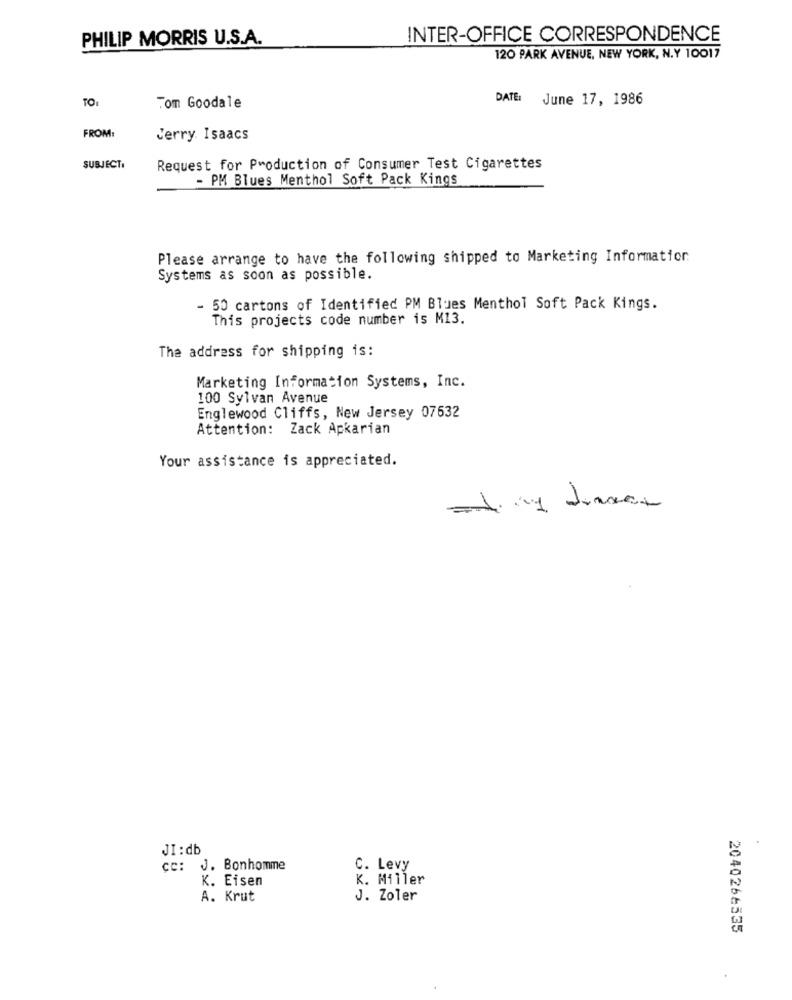
PHILIP MORRIS U.S.A.
INTER-OFFICE CORRESPONDENCE
120 PARK AVENUE, NEW YORK, N.Y 10017
TO:
DATE:
June 17, 1986
Tom Goodale
FROM:
Jerry. Isaacs
SUBJECT:
Request for Production of Consumer Test Cigarettes
- PM Blues Menthol Soft Pack Kings
Please arrange to have the following shipped to Marketing Information
Systems as soon as possible.
- 50 cartons of Identified PM Blues Menthol Soft Pack Kings.
This projects code number is M13.
The address for shipping is:
Marketing Information Systems, Inc.
100 Sylvan Avenue
Englewood Cliffs, New Jersey 07632
Attention: Zack Apkarian
Your assistance is appreciated.
JI:db
J. Bonhomme
C. Levy
K. Eisen
K. Miller
A. Krut
J. Zoler
2040266535